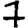
Digit: 7